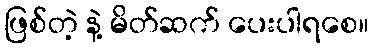
ဖြစ်တဲ့ နဲ့ မိတ်ဆက် ပေးပါရစေ။